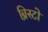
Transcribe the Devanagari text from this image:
ब्रिस्टो